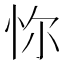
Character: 𢘝